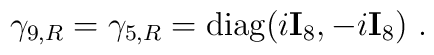
\gamma_{9,R}=\gamma_{5,R}={\mbox{diag}}(i{\bf I}_8 , -i{\bf I}_8)~.